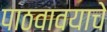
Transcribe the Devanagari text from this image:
पाठवावयाचे